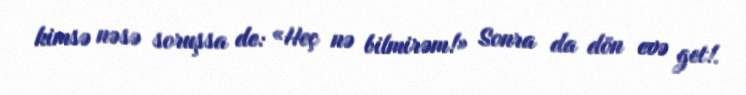
kimsə nəsə soruşsa de: «Heç nə bilmirəm!» Sonra da dön evə get!.